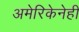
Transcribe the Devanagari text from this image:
अमेरिकेनेही